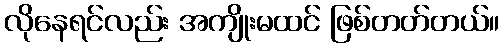
လိုနေရင်လည်း အကျိုးမထင် ဖြစ်တတ်တယ်။